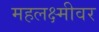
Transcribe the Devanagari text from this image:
महलक्ष्मीवर